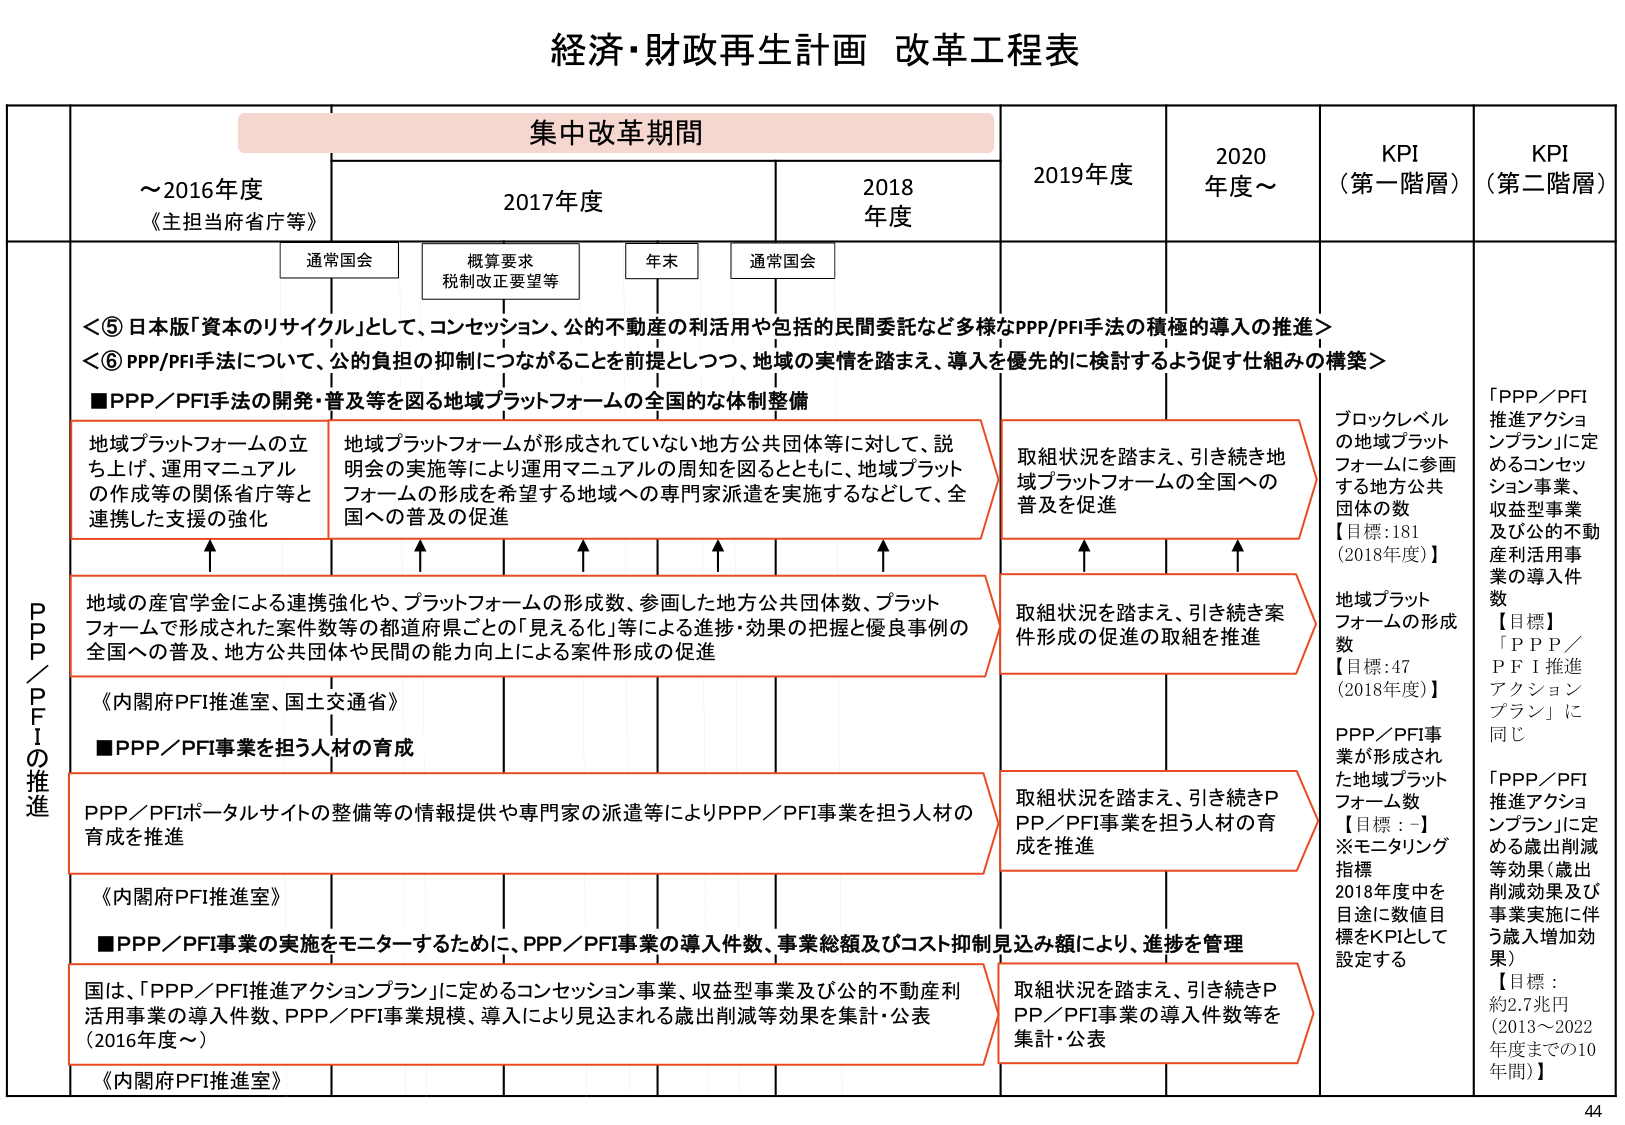
経済・財政再生計画 改革工程表

集中改革期間

～2016年度
《主担当府省庁等》

2017年度

2018年度

2019年度

2020年度～

KPI
（第一階層）

KPI
（第二階層）

通常国会

概算要求
税制改正要望等

年末

通常国会

＜⑤ 日本版「資本のリサイクル」として、コンセッション、公的不動産の利活用や包括的民間委託など多様なPPP/PFI手法の積極的導入の推進＞
＜⑥ PPP/PFI手法について、公的負担の抑制につながることを前提としつつ、地域の実情を踏まえ、導入を優先的に検討するよう促す仕組みの構築＞

■PPP／PFI手法の開発・普及等を図る地域プラットフォームの全国的な体制整備

地域プラットフォームの立ち上げ、運用マニュアルの作成等の関係省庁等と連携した支援の強化

地域プラットフォームが形成されていない地方公共団体等に対して、説明会の実施等により運用マニュアルの周知を図るとともに、地域プラットフォームの形成を希望する地域への専門家派遣を実施するなどして、全国への普及の促進

取組状況を踏まえ、引き続き地域プラットフォームの全国への普及を促進

ブロックレベルの地域プラットフォームに参画する地方公共団体の数
【目標：181（2018年度）】

「PPP／PFI推進アクションプラン」に定めるコンセッション事業、収益型事業及び公的不動産利活用事業の導入件数
【目標】
「PPP／PFI推進アクションプラン」に同じ

地域の産官学金による連携強化や、プラットフォームの形成数、参画した地方公共団体数、プラットフォームで形成された案件数等の都道府県ごとの「見える化」等による進捗・効果の把握と優良事例の全国への普及、地方公共団体や民間の能力向上による案件形成の促進

取組状況を踏まえ、引き続き案件形成の促進の取組を推進

地域プラットフォームの形成数
【目標：47（2018年度）】

《内閣府PFI推進室、国土交通省》

■PPP／PFI事業を担う人材の育成

PPP／PFIポータルサイトの整備等の情報提供や専門家の派遣等によりPPP／PFI事業を担う人材の育成を推進

取組状況を踏まえ、引き続きPPP／PFI事業を担う人材の育成を推進

PPP／PFI事業が形成された地域プラットフォーム数
【目標：-】
※モニタリング指標
2018年度中を目途に数値目標をKPIとして設定する

「PPP／PFI推進アクションプラン」に定める歳出削減等効果（歳出削減効果及び事業実施に伴う歳入増加効果）
【目標：約2.7兆円（2013～2022年度までの10年間）】

《内閣府PFI推進室》

■PPP／PFI事業の実施をモニターするために、PPP／PFI事業の導入件数、事業総額及びコスト抑制見込み額により、進捗を管理

国は、「PPP／PFI推進アクションプラン」に定めるコンセッション事業、収益型事業及び公的不動産利活用事業の導入件数、PPP／PFI事業規模、導入により見込まれる歳出削減等効果を集計・公表（2016年度～）

取組状況を踏まえ、引き続きPPP／PFI事業の導入件数等を集計・公表

《内閣府PFI推進室》

44